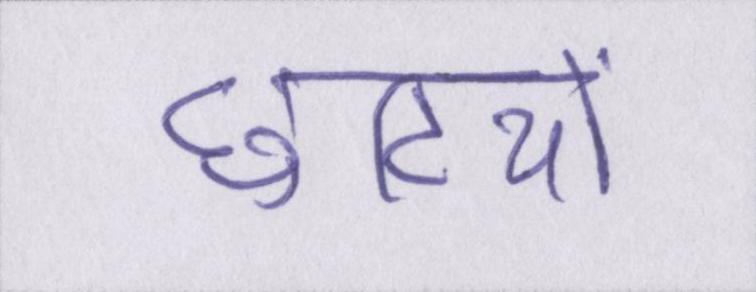
छुटियों